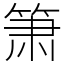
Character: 箫